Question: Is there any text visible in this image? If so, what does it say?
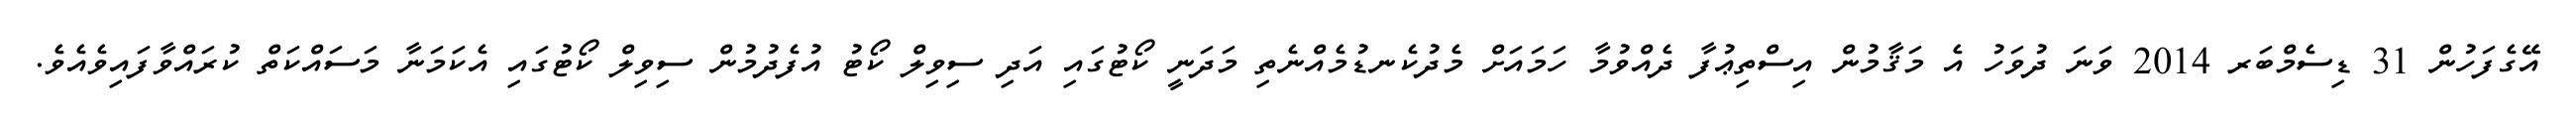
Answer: އޭގެފަހުން 31 ޑިސެމްބަރ 2014 ވަނަ ދުވަހު އެ މަޤާމުން އިސްތިޢުފާ ދެއްވުމާ ހަމައަށް މެދުކެނޑުމެއްނެތި މަދަނީ ކޯޓުގައި އަދި ސިވިލް ކޯޓު އުފެދުމުން ސިވިލް ކޯޓުގައި އެކަމަނާ މަސައްކަތް ކުރައްވާފައިވެއެވެ.